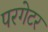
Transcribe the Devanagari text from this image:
परगेटर